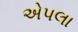
એપલા